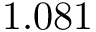
1 . 0 8 1